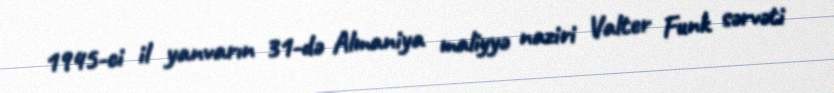
1945-ci il yanvarın 31-də Almaniya maliyyə naziri Valter Funk sərvəti